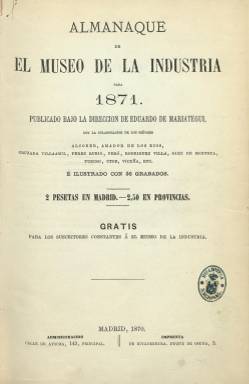
Título: Almanaque de El Museo de la industria
Colección: Industria
Ámbito geográfico: Madrid
Lugar de publicación: Madrid
Fechas: 01/01/1871-31/12/1873

La revista mensual dedicada a las bellas artes industriales, que comenzó a publicar en octubre de 1869 el escritor, científico e ingeniero militar de Eduardo de Mariátegui y Martín (1835-1880), que también forma parte de la colección de la Biblioteca Nacional de España, editó asimismo este almanaque, con ediciones para 1871, 1872 y 1873. Para ello contó con una serie de colaboradores españoles especializados en diversas ramas de las bellas artes aplicadas a los oficios y a la industria, que escribirán las correspondientes reseñas y crónicas anuales, así como destacados artículos, acompañados de decenas de bellos grabados. En total, más de cincuenta artículos y en torno a 150 grabados, tanto dentro como fuera de texto.

Compuesto a una columna, el almanaque salió de la Imprenta de Rivadeneyra, el correspondiente a 1871, es de 156 páginas; el de 1872, de 218, y el de 1873, de 188, además de una veintena de páginas cada uno, al final, con inserciones de anuncios publicitarios de escultores, ebanistas, plateros, cerrajeros, entre otros oficios, además de academias preparatorias, revistas y otras obras bibliográficas. El almanaque era gratuito para los suscriptores “constantes” de la revista, y cada edición cuenta, además del calendario, con su correspondiente índice, al principio de cada uno.

G. Cruzada Villaamil escribe sobre Las bellas artes en España en 1870; G. Vicuña, una Revista científico industrial; José Amador de los Ríos, Sobre el concepto general de la Arqueología, con aplicación a las artes industriales; Francisco M. Tubio, sobre La escritura, el papel y la imprenta; Antonio Rodríguez Villa, una Reseña histórica de los gremios, en especial de los de España; José Pérez Rubio, Cuatro palabras sobre la historia de las joyas; Francisco Asenjo Barbieri, sobre la fabricación de instrumentos musicales en España; A. Cuví , sobre Máquinas agrícolas; A. Rodríguez Villa, sobre Enseñanza de las artes industriales; C. Araujo, sobre la colección de las estampas de la Biblioteca del Monasterio de San Lorenzo; Eduardo Saco, unos apuntes sobre la historia de la Arquitectura; Agustín Felipe Peró, sobre el influjo del arte en la industria, o J. Villaamil y Castro, sobre el tesoro de la catedral de Santiago. Otros asuntos de sus textos se refieren a maquinaria y motores, fabricación de abonos minerales, alumbrado, disposiciones legales, amueblamiento de las iglesias, cuchillería, marfil, madera, vidrio o conservación de pinturas.